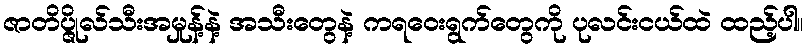
ဇာတိပ္ဇိုလ်သီးအမှုန့်နဲ့ အသီးတွေနဲ့ ကရဝေးရွက်တွေကို ပုလင်းငယ်ထဲ ထည့်ပါ။